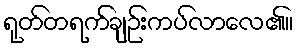
ရုတ်တရက်ချဉ်းကပ်လာလေ၏။